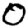
Digit: 0